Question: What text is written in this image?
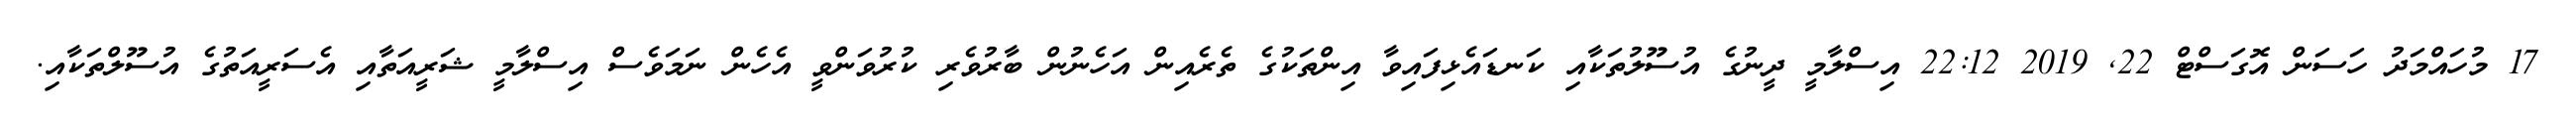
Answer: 17 މުހައްމަދު ހަސަން އޮގަސްޓް 22, 2019 22:12 އިސްލާމީ ދީނުގެ އުސޫލުތަކާއި ކަނޑައެޅިފައިވާ އިންތަކުގެ ތެރެއިން އަހެނުން ބާރުވެރި ކުރުވަންވީ އެހެން ނަމަވެސް އިސްލާމީ ޝަރީއަތާއި އެސަރީއަތުގެ އުސޫލްތަކާއި.